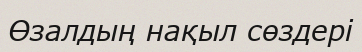
Өзалдың нақыл сөздері